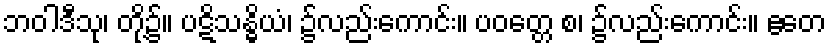
ဘဝါဒီသု၊ တို့၌။ ပဋိသန္ဓိယံ၊ ၌လည်းကောင်း။ ပဝတ္တေ စ၊ ၌လည်းကောင်း။ ဧတေ